Annual report of the Punjab Veterinary College and of the Civil Veterinary Department, Punjab - 1920-1925
Year: 1920
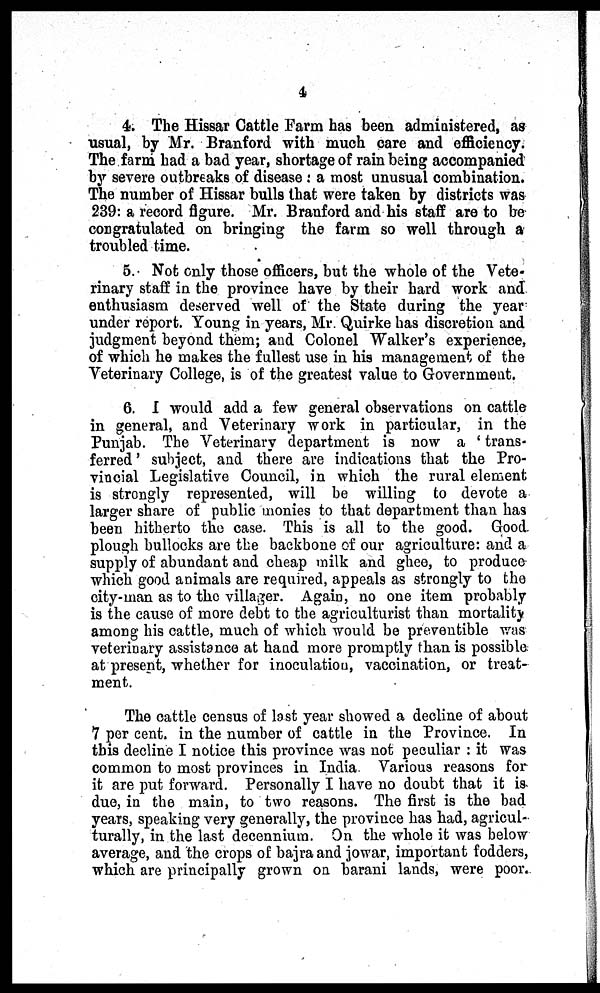
4
4. The Hissar Cattle Farm has been administered, as
usual, by Mr. Branford with much care and efficiency.
The farm had a bad year, shortage of rain being accompanied
by severe outbreaks of disease: a most unusual combination.
The number of Hissar bulls that were taken by districts was
239: a record figure. Mr. Branford and his staff are to be
congratulated on bringing the farm so well through a
troubled time.
5. Not only those officers, but the whole of the Vete-
rinary staff in the province have by their hard work and
enthusiasm deserved well of the State during the year
under report. Young in years, Mr. Quirke has discretion and
judgment beyond them; and Colonel Walker's experience,
of which he makes the fullest use in his management of the
Veterinary College, is of the greatest value to Government.
6. I would add a few general observations on cattle
in general, and Veterinary work in particular, in the
Punjab. The Veterinary department is now a 'trans-
ferred' subject, and there are indications that the Pro-
vincial Legislative Council, in which the rural element
is strongly represented, will be willing to devote a
larger share of public monies to that department than has
been hitherto the case. This is all to the good. Good
plough bullocks are the backbone of our agriculture: and a
supply of abundant and cheap milk and ghee, to produce
which good animals are required, appeals as strongly to the
city-man as to the villager. Again, no one item probably
is the cause of more debt to the agriculturist than mortality
among his cattle, much of which would be preventible was
veterinary assistance at hand more promptly than is possible
at present, whether for inoculation, vaccination, or treat-
ment.
The cattle census of last year showed a decline of about
7 per cent. in the number of cattle in the Province. In
this decline I notice this province was not peculiar: it was
common to most provinces in India. Various reasons for
it are put forward. Personally I have no doubt that it is
due, in the main, to two reasons. The first is the bad
years, speaking very generally, the province has had, agricul-
turally, in the last decennium. On the whole it was below
average, and the crops of bajra and jowar, important fodders,
which are principally grown on barani lands, were poor.